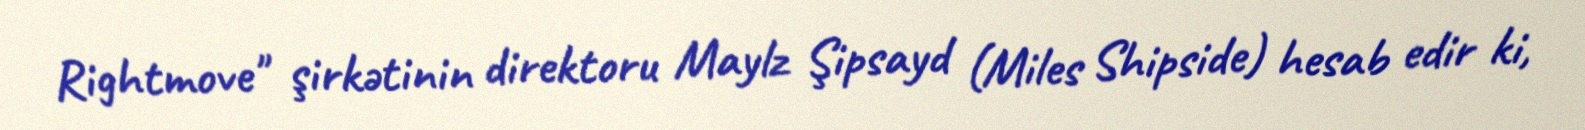
Rightmove" şirkətinin direktoru Maylz Şipsayd (Miles Shipside) hesab edir ki,